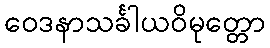
ဝေဒနာသင်္ခါယဝိမုတ္တော